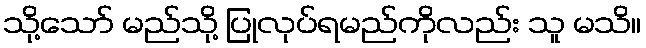
သို့သော် မည်သို့ ပြုလုပ်ရမည်ကိုလည်း သူ မသိ။